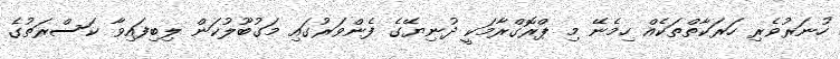
ހުނަރުވެރި ހަރަކާތްތަކެއް ހިމެނޭ މި ޕްރޮގްރާމަކީ ދުނިޔޭގެ ފެންވަރުގައި މަގުބޫލުކަން ލިބިފައިވާ ކަސްރަތުގެ